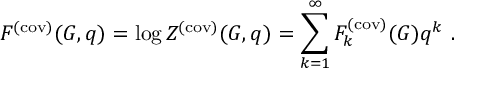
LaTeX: F ^ { ( \mathrm { c o v ) } } ( G , q ) = \log Z ^ { ( \mathrm { c o v ) } } ( G , q ) = \sum _ { k = 1 } ^ { \infty } F _ { k } ^ { ( \mathrm { c o v ) } } ( G ) q ^ { k } ~ .